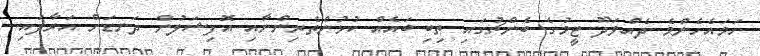
ހަމައެހެންމެ ދެއްވަދޫ ޓީމުގެ ބެންޗުގައި ތިބި ބައެއް ކުޅުންތެރިންނާއި އޮފިޝަލުން ދަނޑަށް އަރާފައި